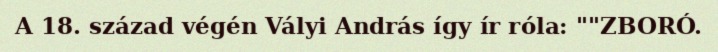
A 18. század végén Vályi András így ír róla: ""ZBORÓ.